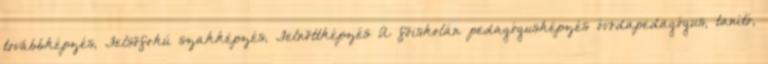
továbbképzés, Felsõfokú szakképzés, Felnõttképzés A fõiskolán pedagógusképzés óvodapedagógus, tanító,